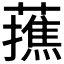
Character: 𮒝